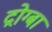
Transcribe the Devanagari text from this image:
द्रोग्बा